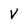
Character: V